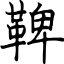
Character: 鞞